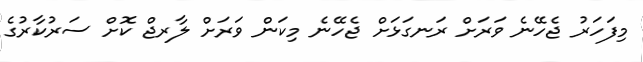
މިފަހަރު ޖެހޭނެ ވަރަށް ރަނގަޅަށް ޖެހޭނެ މިކަން ވަރަށް ލާރޖް ކޮށް ސަރުކާރުގެ